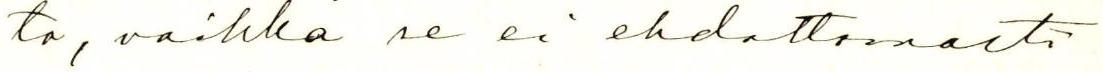
to, vaikka se ei ehdottomasti